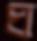
ঘ